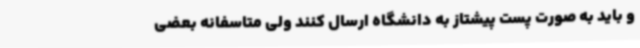
و باید به صورت پست پیشتاز به دانشگاه ارسال کنند ولی متاسفانه بعضی